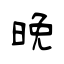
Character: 晚